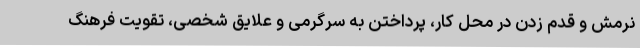
نرمش و قدم زدن در محل کار، پرداختن به سرگرمی و علایق شخصی، تقویت فرهنگ